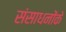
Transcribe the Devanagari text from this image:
संसाधनोंके